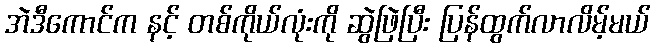
အဲဒီကောင်က နင့် တစ်ကိုယ်လုံးကို ဆွဲဖြဲပြီး ပြန်ထွက်လာလိမ့်မယ်